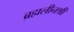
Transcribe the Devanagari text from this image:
ब्रह्मलीनश्री